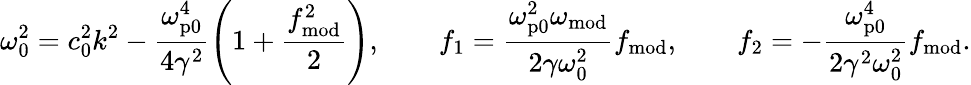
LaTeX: \omega_{0}^{2}=c_{0}^{2}k^{2}-\frac{\omega_{\mathrm{p0}}^{4}}{4\gamma^{2}}\left(1+\frac{f_{\mathrm{mod}}^{2}}{2}\right),\qquad f_{1}=\frac{\omega_{\mathrm{p0}}^{2}\omega_{\mathrm{mod}}}{2\gamma\omega_{0}^{2}}f_{\mathrm{mod}},\qquad f_{2}=-\frac{\omega_{\mathrm{p0}}^{4}}{2\gamma^{2}\omega_{0}^{2}}f_{\mathrm{mod}}.